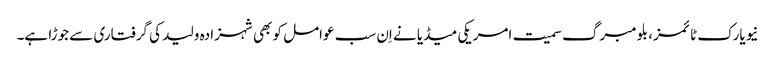
نیویارک ٹائمز، بلومبرگ سمیت امریکی میڈیا نے اِن سب عوامل کو بھی شہزادہ ولید کی گرفتاری سے جوڑا ہے۔